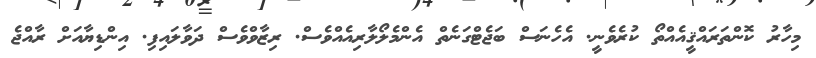
މިހާރު ކޮންތަރައްޤީއެއްތޯ ކުރެވެނީ. އެހެނަސް ބަޖެޓްގަނެތް އެންމެލޯލާރިއެއްވެސް. ރިޒާވްވެސް ދަވާލައިފި. އިންޑިޔާއަށް ރާއްޖެ